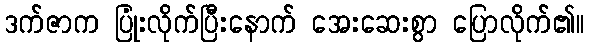
ဒက်ဇာက ပြုံးလိုက်ပြီးနောက် အေးဆေးစွာ ပြောလိုက်၏။